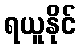
ရယူနိုင်